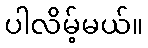
ပါလိမ့်မယ်။